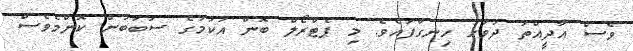
ވެސް އާދީއްތަ ދުވަހު ހިނގާފައެވެ. މި ޕެޓްރޯލް ބޮން އުކުމުގެ ސަބަބުން ކޮންމެވެސް